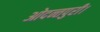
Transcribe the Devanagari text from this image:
ओदन्तपुरी।